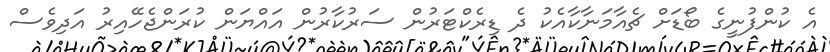
އެ ކުންފުނީގެ ބޯޑަށް ޗެއާމަނާކާއެކު ދެ ޑިރެކްޓަރުން ސަރުކާރުން އައްޔަން ކުރަންޖެހޭއިރު އަދިވެސް